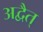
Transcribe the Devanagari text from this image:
अद्वैत्